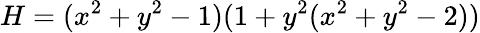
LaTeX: H=(x^{2}+y^{2}-1)(1+y^{2}(x^{2}+y^{2}-2))